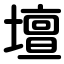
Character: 壇